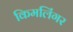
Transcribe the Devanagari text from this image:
किमलिंगर